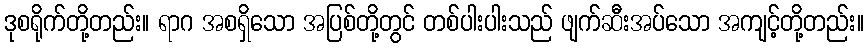
ဒုစရိုက်တို့တည်း။ ရာဂ အစရှိသော အပြစ်တို့တွင် တစ်ပါးပါးသည် ဖျက်ဆီးအပ်သော အကျင့်တို့တည်း။